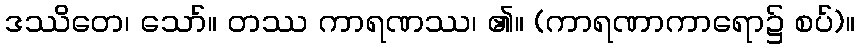
ဒဿိတေ၊ သော်။ တဿ ကာရဏဿ၊ ၏။ (ကာရဏာကာရော၌ စပ်)။